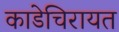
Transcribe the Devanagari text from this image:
काडेचिरायत